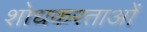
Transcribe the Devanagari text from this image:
शोधकरताओं